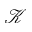
\mathcal { K }